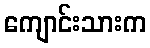
ကျောင်းသားက